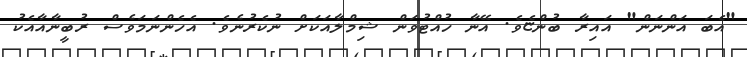
"އެބަ އަންނަން" އައިރާ ބުންޏެވެ. އޭނާ ހުއްޓުވަން ޝިމްލާއަކަށް ނުކެރުނެވެ. އެހެންނަމަވެސް ރުބީނާއާއެކު